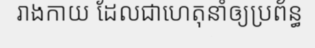
រាងកាយ ដែលជាហេតុនាំឲ្យប្រព័ន្ធ